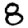
Digit: 8